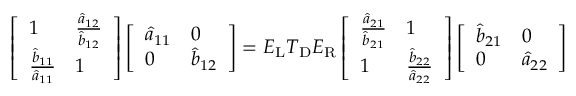
\left[ \begin{array} { l l } { 1 } & { \frac { \hat { a } _ { 1 2 } } { \hat { b } _ { 1 2 } } } \\ { \frac { \hat { b } _ { 1 1 } } { \hat { a } _ { 1 1 } } } & { 1 } \end{array} \right] \left[ \begin{array} { l l } { \hat { a } _ { 1 1 } } & { 0 } \\ { 0 } & { \hat { b } _ { 1 2 } } \end{array} \right] = \boldsymbol { E } _ { \mathrm { L } } \boldsymbol { T } _ { \mathrm { D } } \boldsymbol { E } _ { \mathrm { R } } \left[ \begin{array} { l l } { \frac { \hat { a } _ { 2 1 } } { \hat { b } _ { 2 1 } } } & { 1 } \\ { 1 } & { \frac { \hat { b } _ { 2 2 } } { \hat { a } _ { 2 2 } } } \end{array} \right] \left[ \begin{array} { l l } { \hat { b } _ { 2 1 } } & { 0 } \\ { 0 } & { \hat { a } _ { 2 2 } } \end{array} \right]